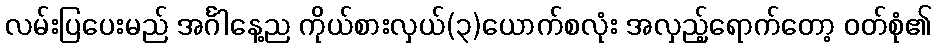
လမ်းပြပေးမည် အင်္ဂါနေ့ည ကိုယ်စားလှယ်(၃)ယောက်စလုံး အလှည့်ရောက်တော့ ဝတ်စုံ၏